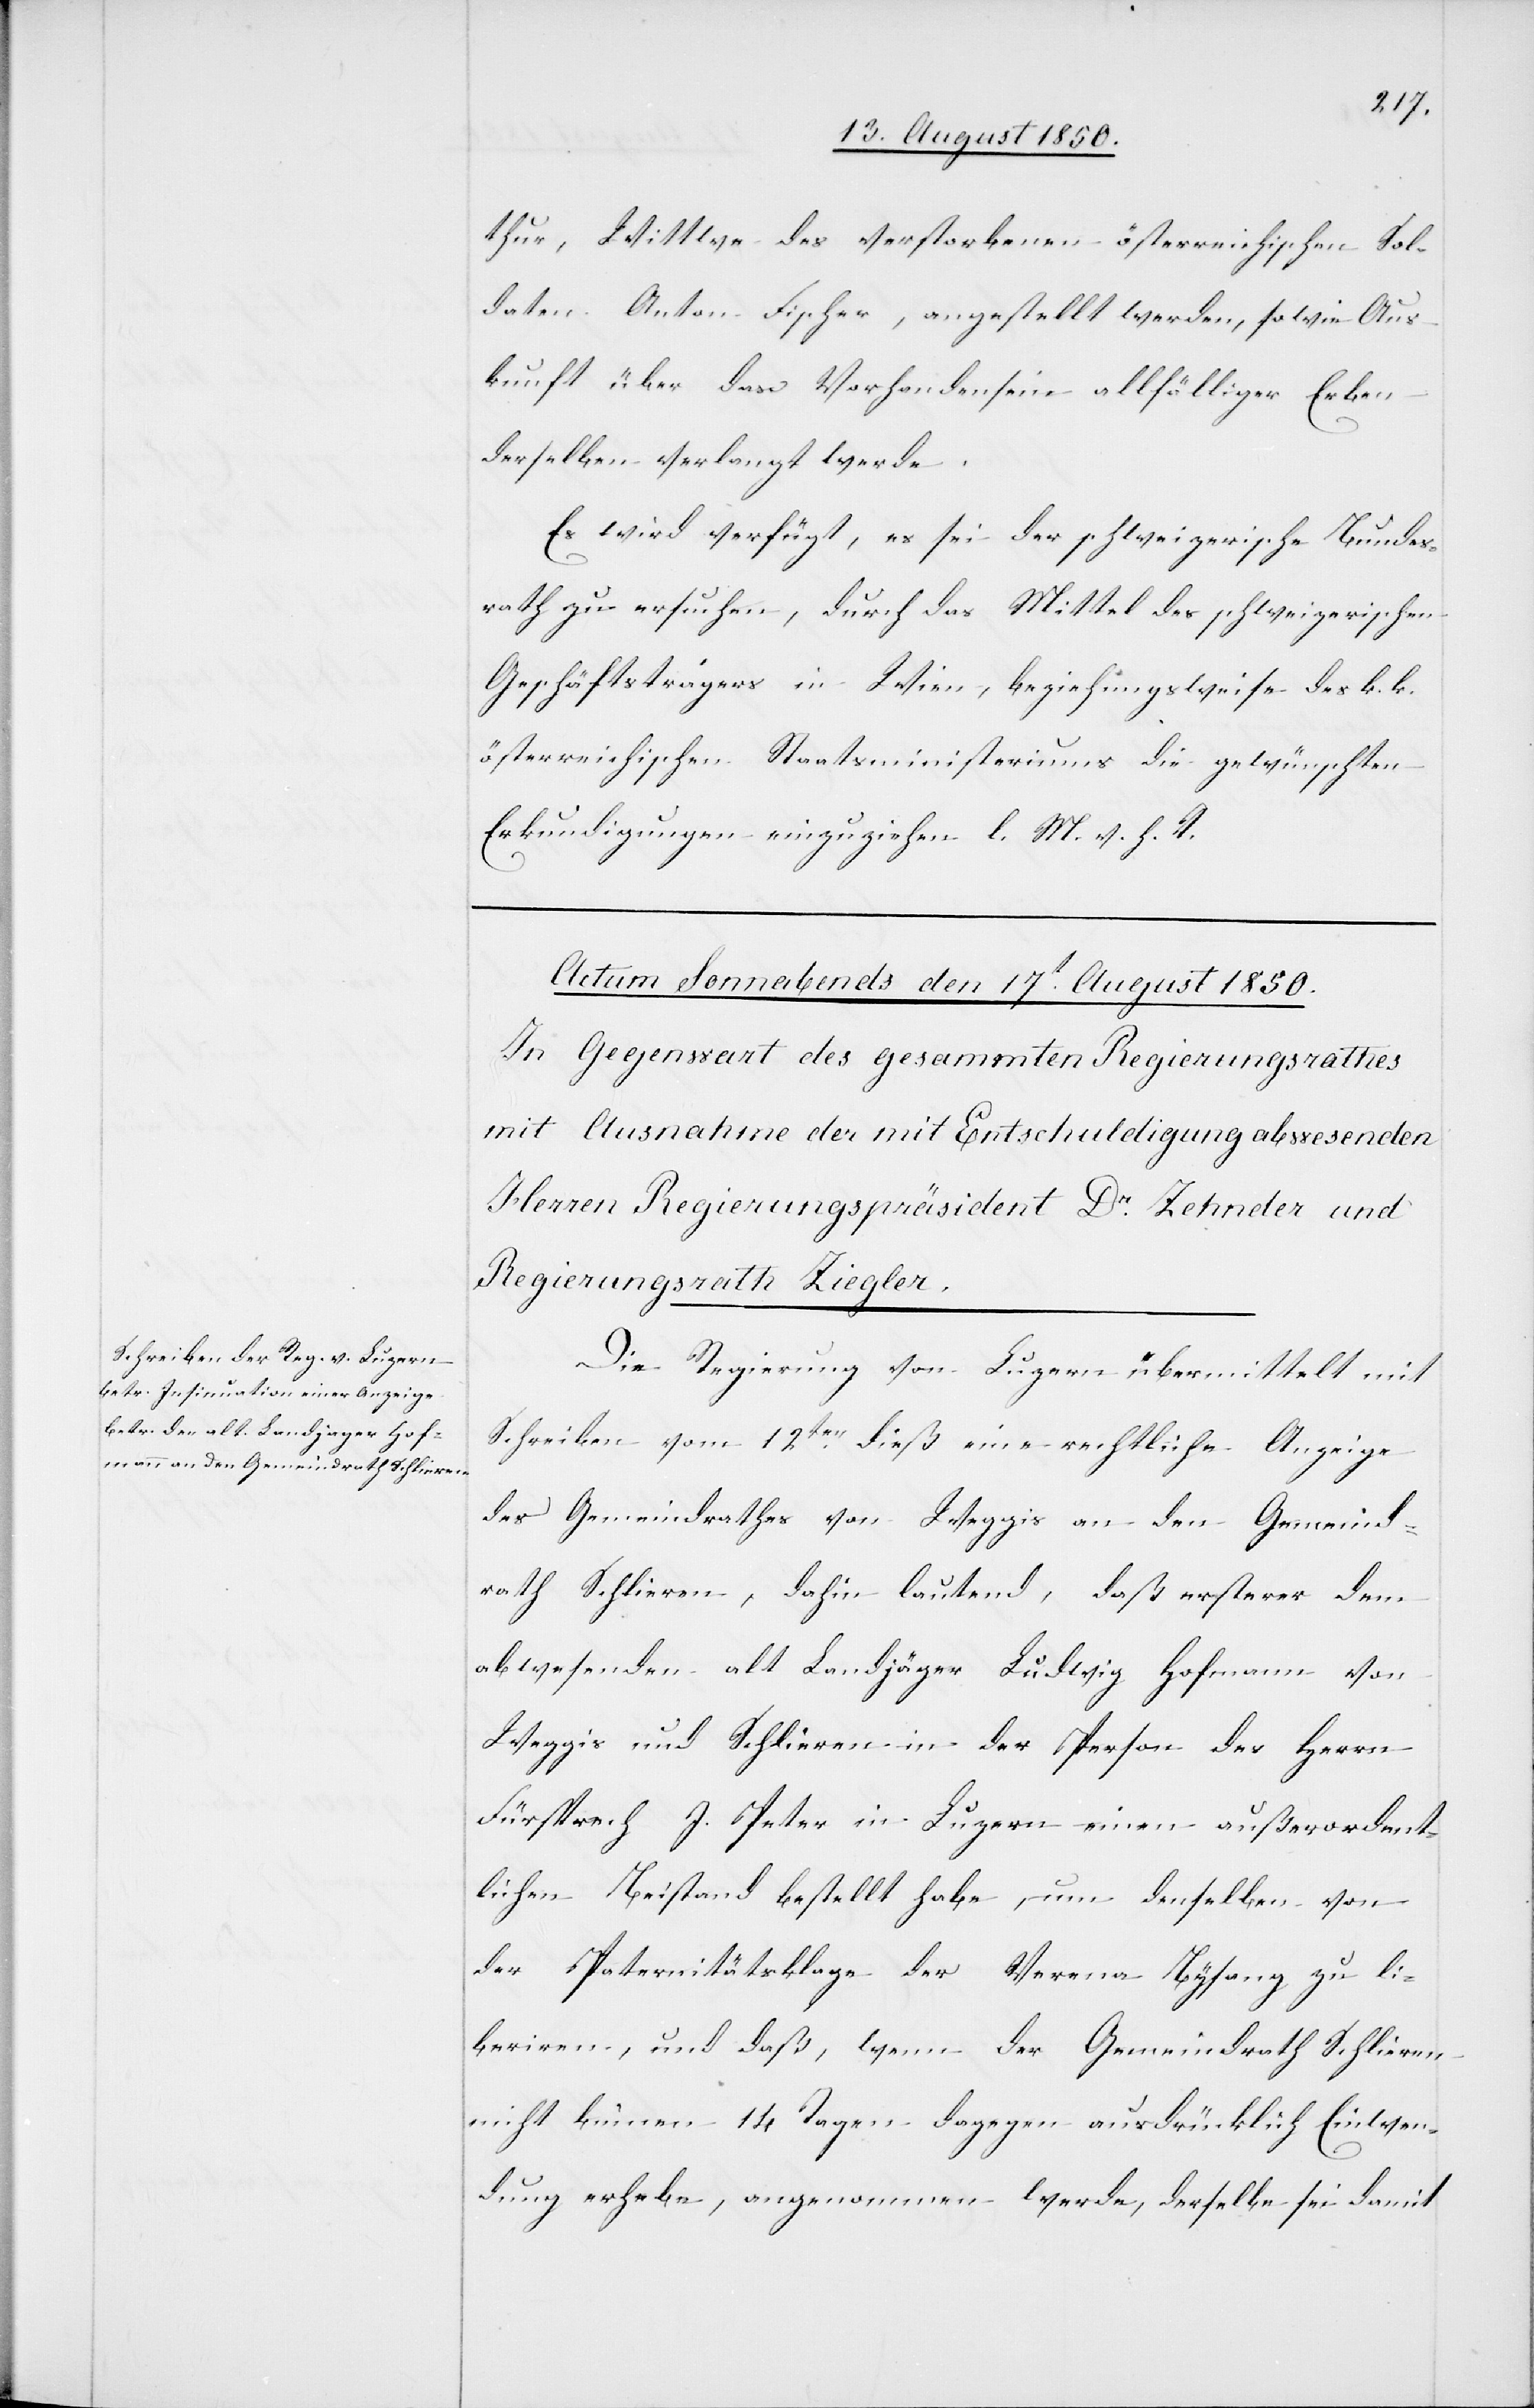
thur, Wittwe des verstorbenen österreichischen Sol¬
daten Anton Fischer, angestellt werden, sowie Aus¬
kunft über das Vorhandensein allfälliger Erben
derselben verlangt werde.
Es wird verfügt, es sei der schweizerische Bundes¬
rath zu ersuchen, durch das Mittel des schweizerischen
Geschäftsträgers in Wien, beziehungsweise des k. k.
österreichischen Staatsministeriums die gewünschten
Erkundigungen einzuziehen l. M. v. h. T.
Die Regierung von Luzern übermittelt mit
Schreiben vom 12ten dieß eine rechtliche Anzeige
des Gemeindrathes von Weggis an den Gemeind¬
rath Schlieren, dahin lautend, daß ersterer dem
abwesenden alt Landjäger Ludwig Hofmann von
Weggis und Schlieren in der Person des Herrn
Fürsprech J. Peter in Luzern einen außerordent¬
lichen Beistand bestellt habe, um denselben von
der Paternitätsklage der Verena Bysang zu li¬
beriren, und daß, wenn der Gemeindrath Schlieren
nicht binnen 14 Tagen dagegen ausdrücklich Einwen¬
dung erhebe, angenommen werde, derselbe sei damit